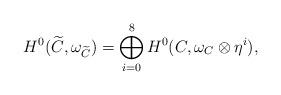
LaTeX: \begin{align*} H^0(\widetilde C, \omega_{\widetilde C})= \bigoplus_{i=0}^8 H^0( C, \omega_{ C}\otimes \eta^i),\end{align*}